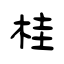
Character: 桂